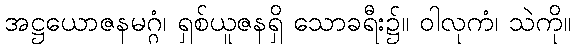
အဋ္ဌယောဇနမဂ္ဂံ၊ ရှစ်ယူဇနရှိ သောခရီး၌။ ဝါလုကံ၊ သဲကို။